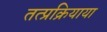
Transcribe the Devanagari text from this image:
तत्प्रक्रियाया